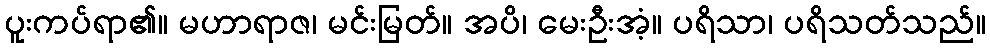
ပူးကပ်ရာ၏။ မဟာရာဇ၊ မင်းမြတ်။ အပိ၊ မေးဦးအံ့။ ပရိသာ၊ ပရိသတ်သည်။